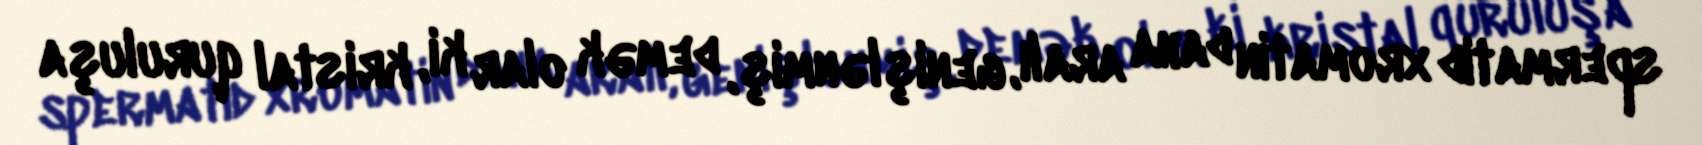
spermatid xromatin daha aralı, genişlənmiş, demək olar ki, kristal quruluşa